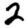
Digit: 2